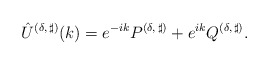
\begin{align*}\hat{U}^{(\delta,\,\sharp)}(k) = e^{-ik}P^{(\delta,\,\sharp)} +e^{ik}Q^{(\delta,\,\sharp)}. \end{align*}